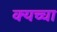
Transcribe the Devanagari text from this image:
क्यच्चा